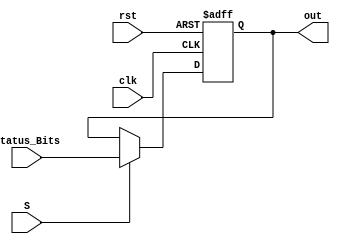
module StatusRegister (
    input clk, rst, S, 
    input [3:0] Status_Bits,
    output reg [3:0] out
);
  always@(negedge clk, posedge rst) begin
    if (rst) begin
      out <= 0;
    end
    else if(S == 1'b1) begin
      out <= Status_Bits;
	  end
  end 
endmodule